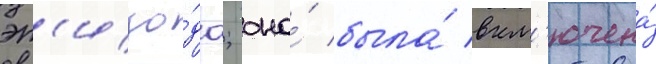
эп'изо́да; она́ была́ вкл'ючена́